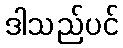
ဒါသည်ပင်